Madras plague regulations and rules for the inspection of inward and outward bound vessels - Volume 1
Disease focus: Plague
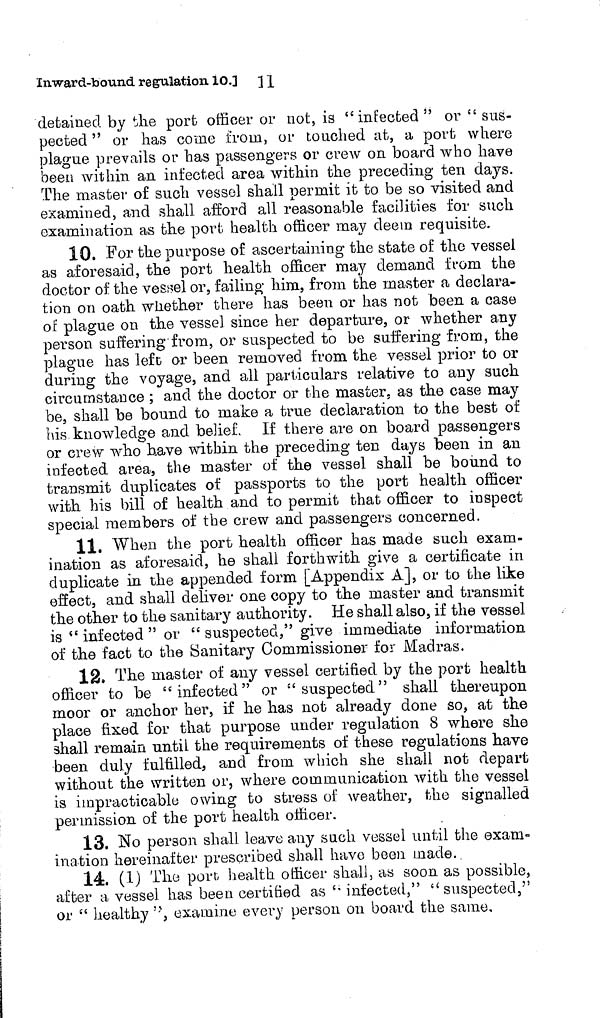
11
Inward-bound regulation 10.J
detained by tlie port officer or not, is "infected" or " sus-
pected " or has come from, or touched at, a port where
plague prevails or has passengers or crew on board who have
been within an infected area within the preceding ten days.
The master of such vessel shall permit it to be so visited and
examined, and shall afford all reasonable facilities for such
examination, as the port health officer may deem requisite.
10. -For the purpose of ascertaining the state of the vessel
as aforesaid, the port health officer may demand from the
doctor of the vessel or, failing him, from the master a declara-
tion on oath whether there has been or has not been a case
of plague on the vessel since her departure, or whether any
person suffering from, or suspected to be suffering from, the
plague has left or been removed from the vessel prior to or
during the voyage, and all particulars relative to any such
circumstance ; and the doctor or the master, as the case may
be, shall be bound to make a true declaration to the best of
his knowledge and belief. If there are on board passengers
or crew who have within the preceding ten days been in an
infected area, the master of the vessel shall be bound to
transmit duplicates of passports to the port health officer
with his bill of health and to permit that officer to inspect
special members of the crew and passengers concerned.
11. When the port health officer has made such exam-
ination as aforesaid, he shall forthwith give a certificate in
duplicate in the appended form [Appendix A], or to the like
effect, and shall deliver one copy to the master and transmit
the other to the sanitary authority. He shall also, if the vessel
is " infected " or " suspected," give immediate information
of the fact to the Sanitary Commissioner for Madras.
12. The master of any vessel certified by the port health
officer to be "infected" or "suspected" shall thereupon
moor or anchor her, if he has not already done so, at the
place fixed for that purpose under regulation 8 where she
shall remain until the requirements of these regulations have
been duly fulfilled., and from which she shall not depart
without the written or, where communication with the vessel
is impracticable owing to stress of weather, the signalled
permission of the port health officer.
13. No person shall leave any such vessel until the exam-
ination hereinafter prescribed shall have been made.
14. (1) The port- health officer shall, as soon as possible,
after a vessel has been certified as " infected," " suspected,"
or " healthy ", examine every person on board the same.